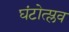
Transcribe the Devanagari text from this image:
घंटोत्प्लव